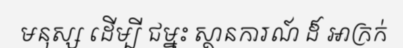
មនុស្ស ដើម្បី ជម្នះ ស្ថានការណ៍ ដ៏ អាក្រក់